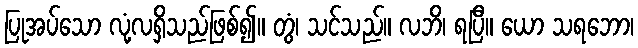
ပြုအပ်သော လုံ့လရှိသည်ဖြစ်၍။ တွံ၊ သင်သည်။ လဘိ၊ ရပြီ။ ယော သရဘော၊